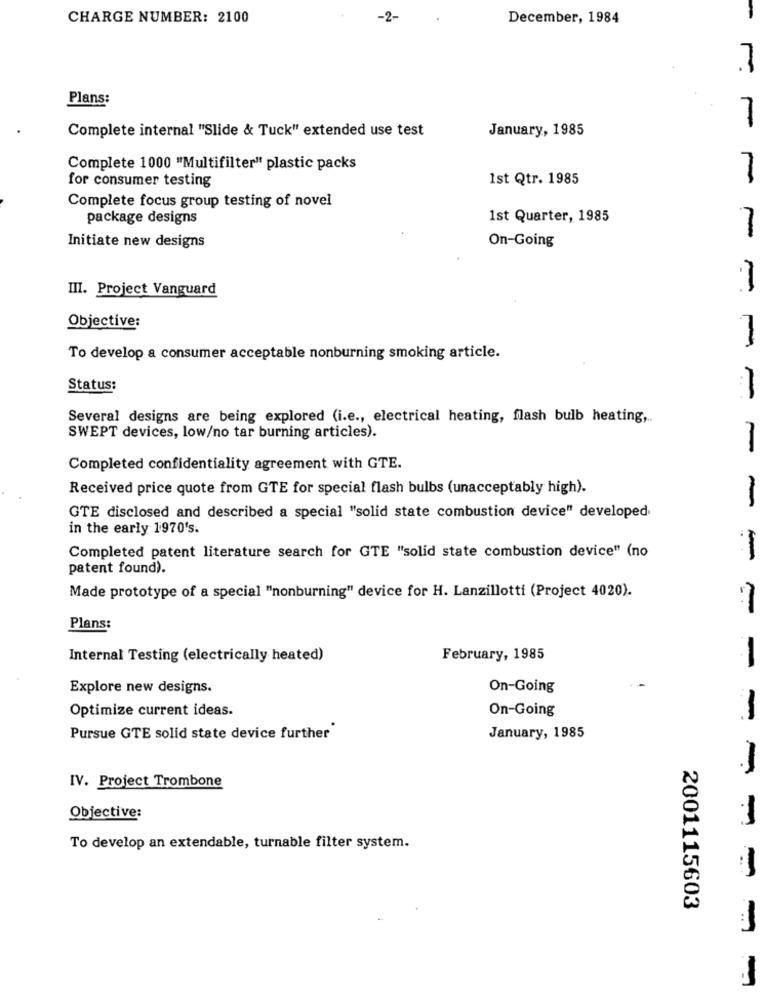
CHARGE NUMBER: 2100
-2-
December, 1984
Plans:
7
Complete internal "Slide & Tuck" extended use test
January, 1985
Complete 1000 "Multifilter" plastic packs
for consumer testing
1st Qtr. 1985
Complete focus group testing of novel
package designs
1st Quarter, 1985
7
On-Going
Initiate new designs
1
III. Project Vanguard
Objective:
1
To develop a consumer acceptable nonburning smoking article.
Status:
Several designs are being explored (i.e ., electrical heating, flash bulb heating ,..
SWEPT devices, low/no tar burning articles).
Completed confidentiality agreement with GTE.
Received price quote from GTE for special flash bulbs (unacceptably high).
GTE disclosed and described a special "solid state combustion device" developed
in the early 1970's.
1
Completed patent literature search for GTE "solid state combustion device" (no
--- --
patent found).
Made prototype of a special "nonburning" device for H. Lanzillotti (Project 4020).
-
Plans:
Internal Testing (electrically heated)
February, 1985
Explore new designs.
On-Going
Optimize current ideas.
On-Going
Pursue GTE solid state device further
January, 1985
-
IV. Project Trombone
Objective:
To develop an extendable, turnable filter system.
2001115603